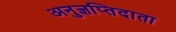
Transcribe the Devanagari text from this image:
अनुज्ञप्तिदाता